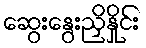
ဆွေးနွေးညှိနှိုင်း